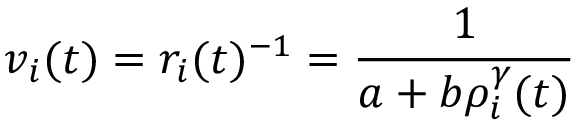
v _ { i } ( t ) = r _ { i } ( t ) ^ { - 1 } = \frac { 1 } { a + b \rho _ { i } ^ { \gamma } ( t ) }